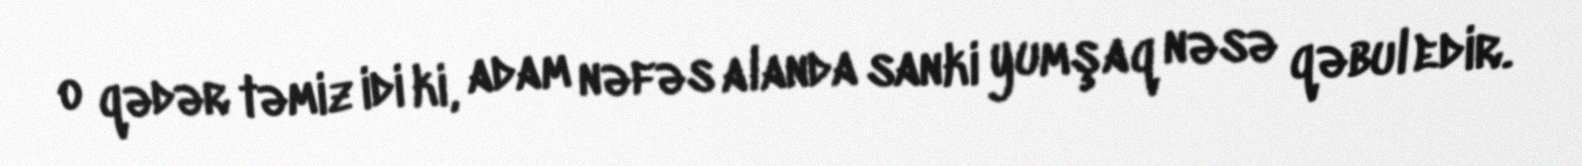
o qədər təmiz idi ki, adam nəfəs alanda sanki yumşaq nəsə qəbul edir.